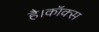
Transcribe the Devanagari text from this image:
है।कॉक्स